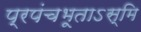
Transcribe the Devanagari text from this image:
प्रपंचभूताऽस्मि